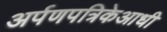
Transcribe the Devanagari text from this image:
अर्पणपत्रिकेआधी